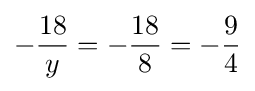
-{\frac {18}{y}}=-{\frac {18}{8}}=-{\frac {9}{4}}